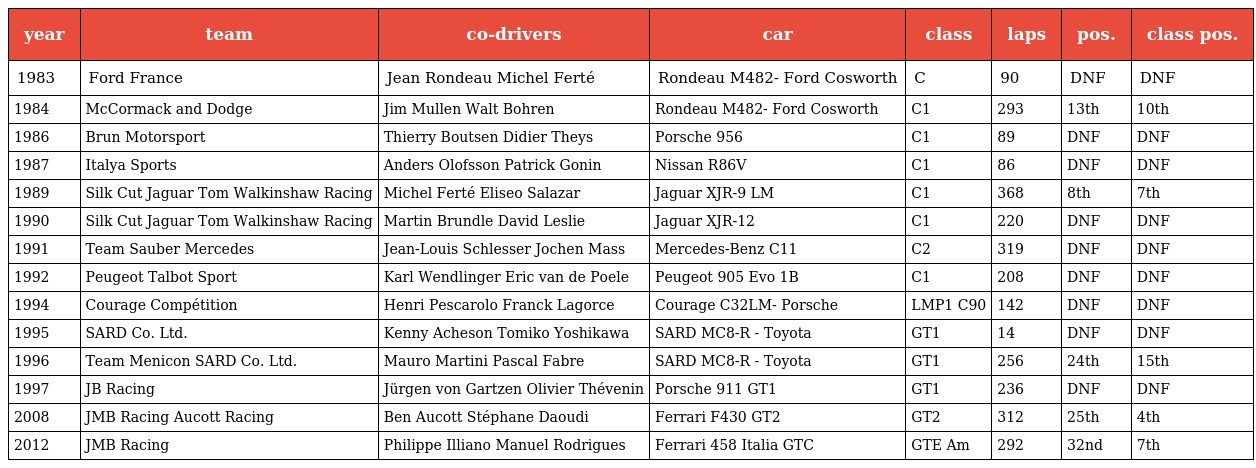
| year | team | co-drivers | car | class | laps | pos. | class pos. |
 | --- | --- | --- | --- | --- | --- | --- | --- |
 | 1983 | Ford France | Jean Rondeau Michel Ferté | Rondeau M482- Ford Cosworth | C | 90 | DNF | DNF |
 | 1984 | McCormack and Dodge | Jim Mullen Walt Bohren | Rondeau M482- Ford Cosworth | C1 | 293 | 13th | 10th |
 | 1986 | Brun Motorsport | Thierry Boutsen Didier Theys | Porsche 956 | C1 | 89 | DNF | DNF |
 | 1987 | Italya Sports | Anders Olofsson Patrick Gonin | Nissan R86V | C1 | 86 | DNF | DNF |
 | 1989 | Silk Cut Jaguar Tom Walkinshaw Racing | Michel Ferté Eliseo Salazar | Jaguar XJR-9 LM | C1 | 368 | 8th | 7th |
 | 1990 | Silk Cut Jaguar Tom Walkinshaw Racing | Martin Brundle David Leslie | Jaguar XJR-12 | C1 | 220 | DNF | DNF |
 | 1991 | Team Sauber Mercedes | Jean-Louis Schlesser Jochen Mass | Mercedes-Benz C11 | C2 | 319 | DNF | DNF |
 | 1992 | Peugeot Talbot Sport | Karl Wendlinger Eric van de Poele | Peugeot 905 Evo 1B | C1 | 208 | DNF | DNF |
 | 1994 | Courage Compétition | Henri Pescarolo Franck Lagorce | Courage C32LM- Porsche | LMP1 C90 | 142 | DNF | DNF |
 | 1995 | SARD Co. Ltd. | Kenny Acheson Tomiko Yoshikawa | SARD MC8-R - Toyota | GT1 | 14 | DNF | DNF |
 | 1996 | Team Menicon SARD Co. Ltd. | Mauro Martini Pascal Fabre | SARD MC8-R - Toyota | GT1 | 256 | 24th | 15th |
 | 1997 | JB Racing | Jürgen von Gartzen Olivier Thévenin | Porsche 911 GT1 | GT1 | 236 | DNF | DNF |
 | 2008 | JMB Racing Aucott Racing | Ben Aucott Stéphane Daoudi | Ferrari F430 GT2 | GT2 | 312 | 25th | 4th |
 | 2012 | JMB Racing | Philippe Illiano Manuel Rodrigues | Ferrari 458 Italia GTC | GTE Am | 292 | 32nd | 7th |